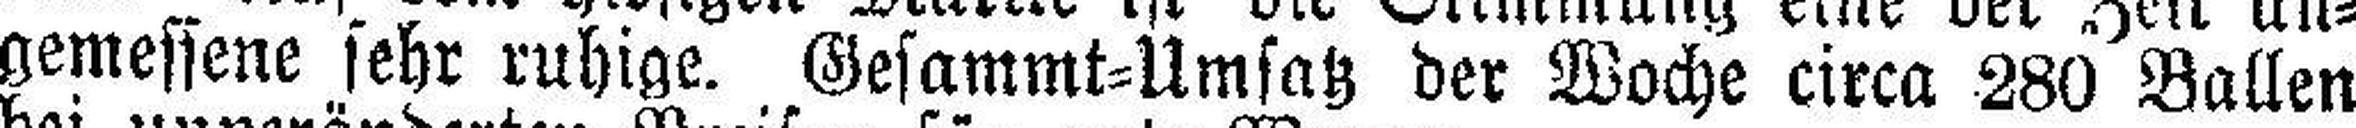
gemessene sehr ruhige. Gesammt=Umsatz der Woche circa 280 Ballen